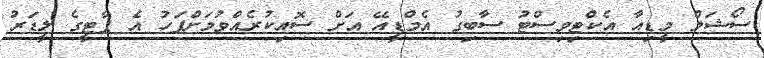
ސޯޝަލް މީޑިއާ އެކްޓިވިސްޓު ސާބިގު އެމްޑީއޭ އަށް ސޮއިކުރެއްވުމަށްފަހު އެ ޕާޓީގެ ލީޑަރު